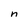
Character: n